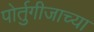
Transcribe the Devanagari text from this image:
पोर्तुगीजाच्या